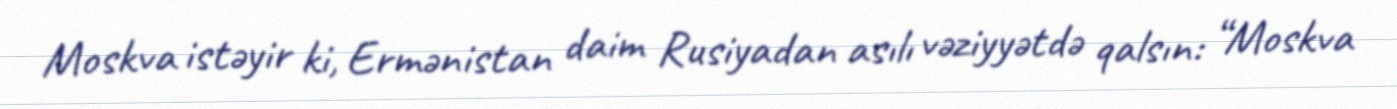
Moskva istəyir ki, Ermənistan daim Rusiyadan asılı vəziyyətdə qalsın: “Moskva